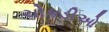
ચોકડીઓ